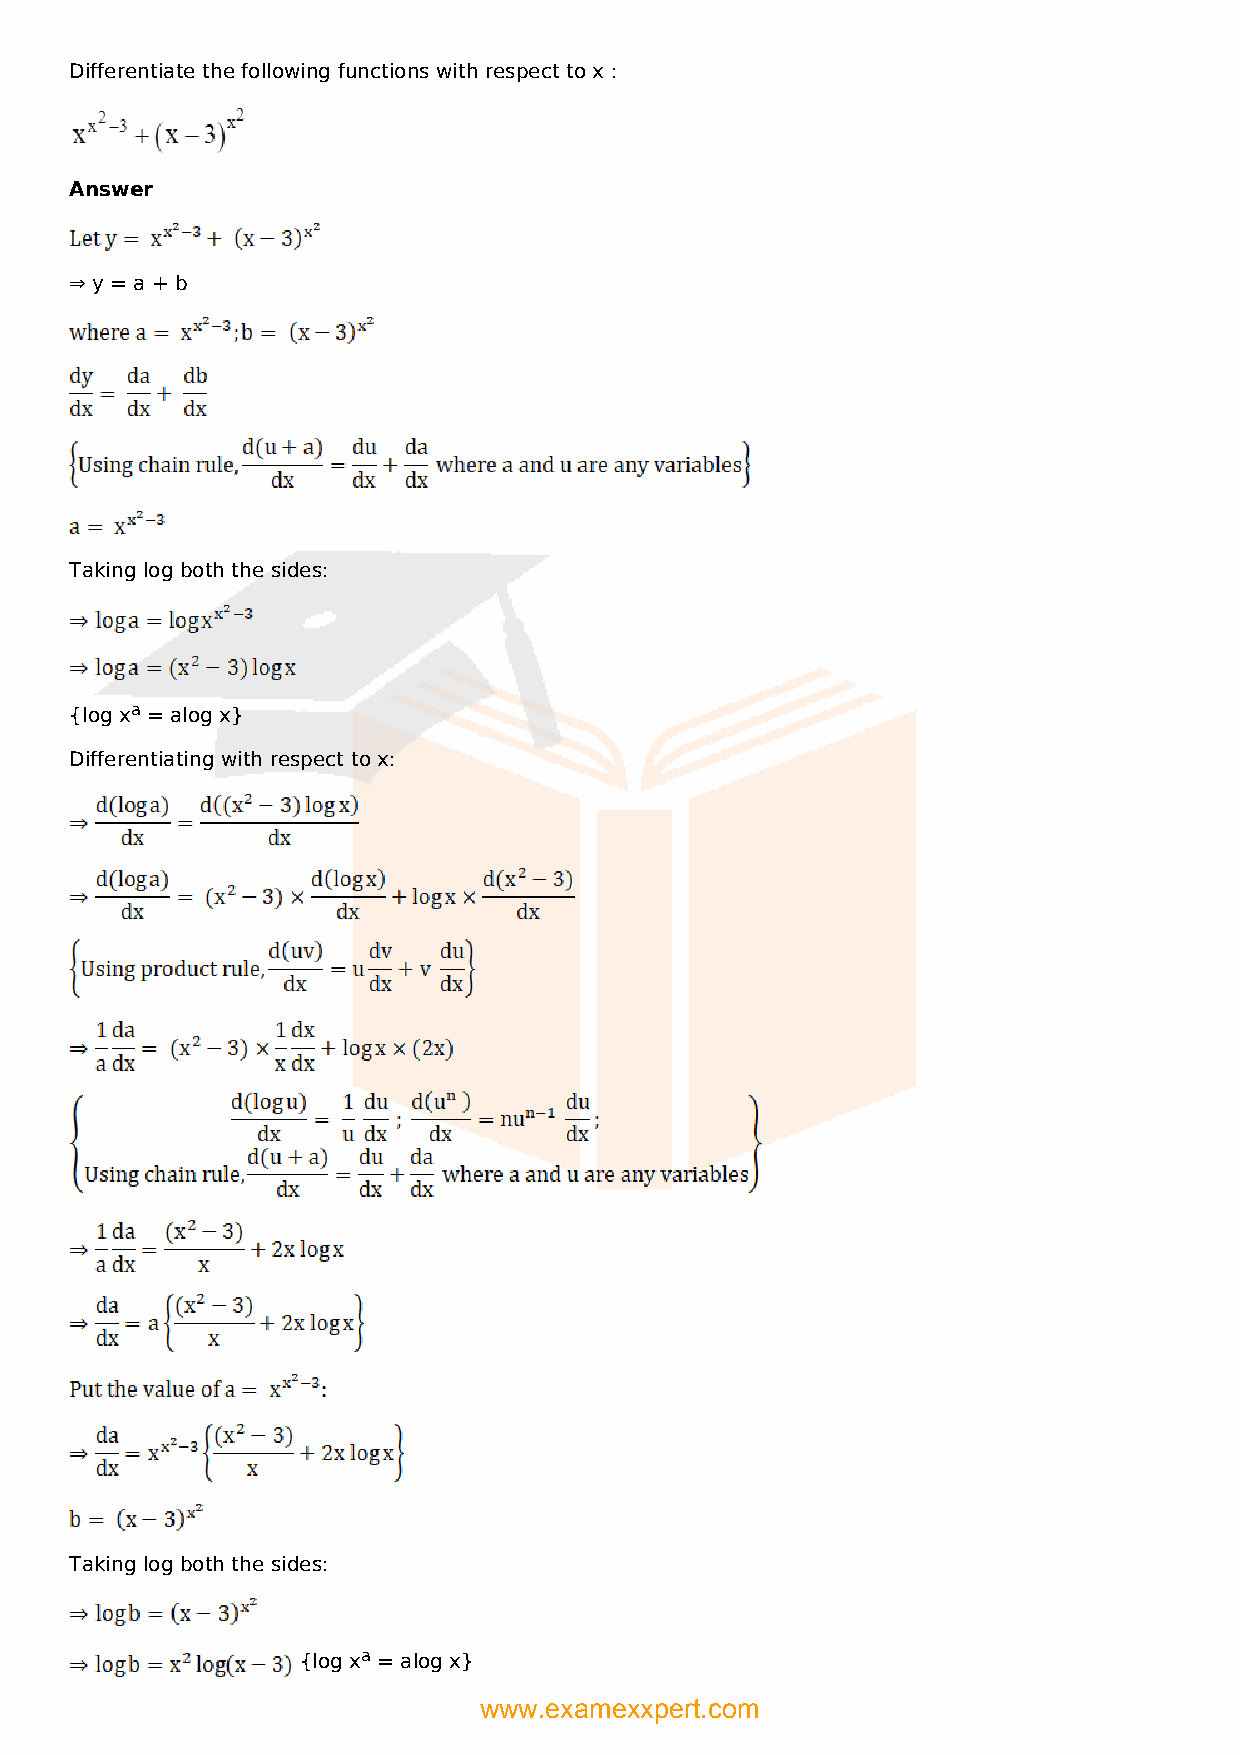
Differentiate the following functions with respect to x :
 Answer
 ⇒ y = a + b
 Taking log both the sides:
 {log xa = alog x}
 Differentiating with respect to x:
 Taking log both the sides:
 {log xa = alog x}
 www.examexxpert.com